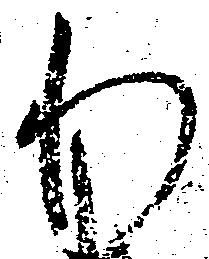
わ